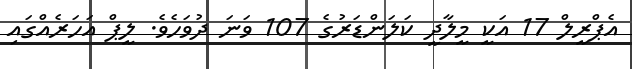
އެޕްރީލް 17 އަކީ މީލާދީ ކަލަންޑަރުގެ 107 ވަނަ ދުވަހެވެ. ލީޕް އަހަރެއްގައި